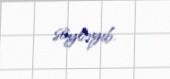
söyləyib.